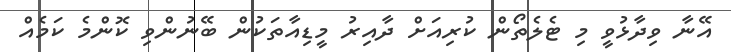
އޭނާ ވިދާޅުވީ މި ޓެލެތޯން ކުރިއަށް ދާއިރު މީޑިއާތަކުން ބޭނުންވި ކޮންމެ ކަމެއް